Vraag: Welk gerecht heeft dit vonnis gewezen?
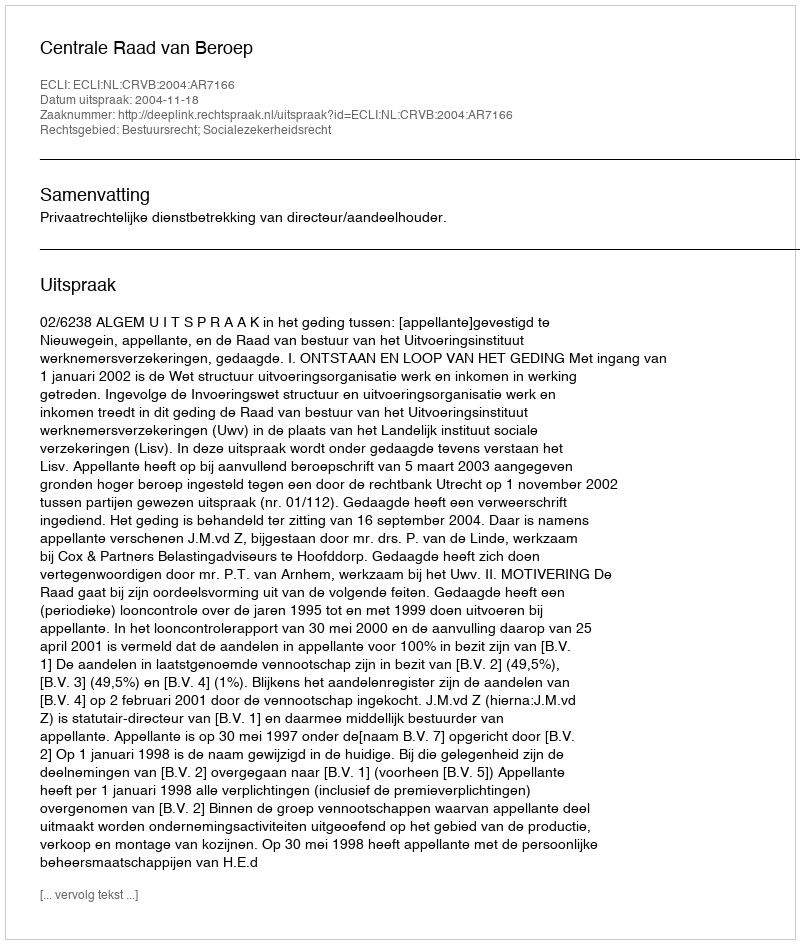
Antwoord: Centrale Raad van Beroep